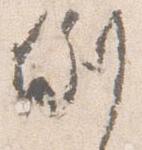
例